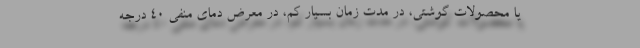
یا محصولات گوشتی، در مدت زمان بسیار کم، در معرض دمای منفی ۴۰ درجه